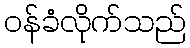
ဝန်ခံလိုက်သည်